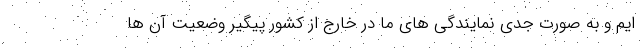
ایم و به صورت جدی نمایندگی های ما در خارج از کشور پیگیر وضعیت آن ها